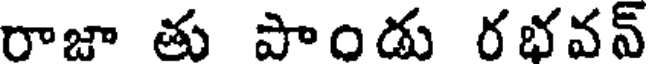
రాజా తు పాండు రభవన్